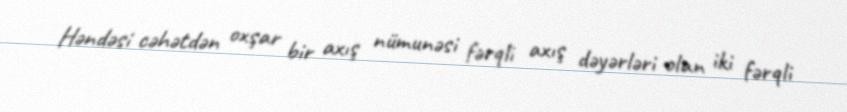
Həndəsi cəhətdən oxşar bir axış nümunəsi fərqli axış dəyərləri olan iki fərqli